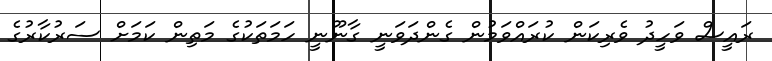
ރައީސް ވަހީދު ވެރިކަން ކުރައްވަމުން ގެންދަވަނީ ގާނޫނީ ހަމަތަކުގެ މަތިން ކަމަށް ސަރުކާރުގެ